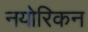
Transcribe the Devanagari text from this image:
नयोरिकन